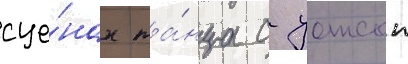
сце́нах та́нца с уотсон